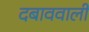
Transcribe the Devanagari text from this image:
दबाववाली